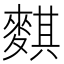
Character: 𪍀